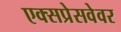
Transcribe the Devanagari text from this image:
एक्सप्रेसवेवर